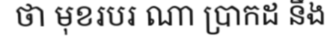
ថា មុខរបរ ណា ប្រាកដ នឹង